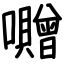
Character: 囎